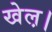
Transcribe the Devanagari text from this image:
खेल़।